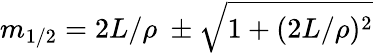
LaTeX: m_{1/2}=2L/\rho\ \pm\sqrt{1+(2L/\rho)^{2}}